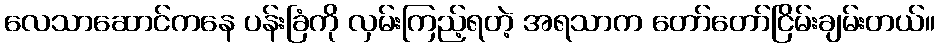
လေသာဆောင်ကနေ ပန်းခြံကို လှမ်းကြည့်ရတဲ့ အရသာက တော်တော်ငြိမ်းချမ်းတယ်။